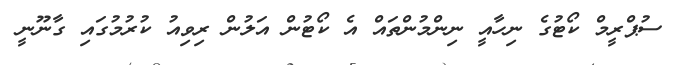
ސުޕްރީމް ކޯޓުގެ ނިހާއީ ނިންމުންތައް އެ ކޯޓުން އަލުން ރިވިއު ކުރުމުގައި ގާނޫނީ